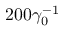
2 0 0 \gamma _ { 0 } ^ { - 1 }